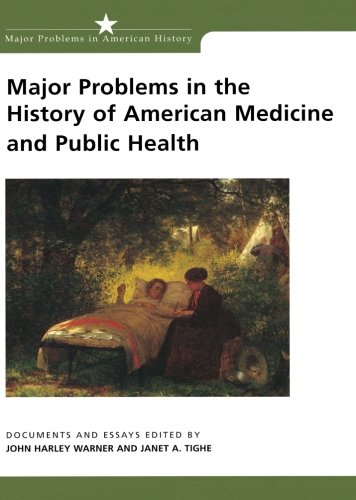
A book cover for Major Problems in the History of American Medicine and Public Health: Documents and Essays (Major Problems in American History Series); Medical Books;